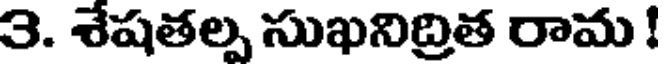
3. శేషతల్ప సుఖనిద్రిత రామ !